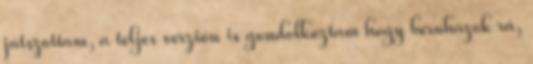
játszottam, a teljes verzión is gondolkoztam hogy beruházok rá,